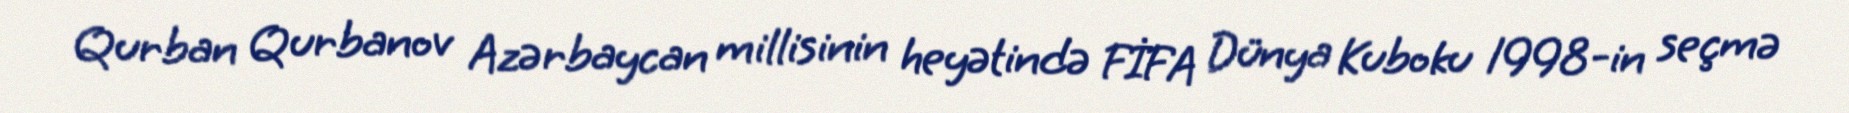
Qurban Qurbanov Azərbaycan millisinin heyətində FİFA Dünya Kuboku 1998-in seçmə